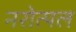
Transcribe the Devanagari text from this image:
नरोत्पल